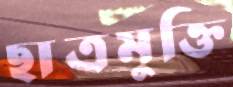
ছাত্রমুক্তি